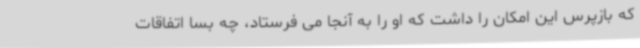
که بازپرس این امکان را داشت که او را به آنجا می فرستاد، چه بسا اتفاقات